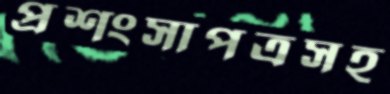
প্রশংসাপত্রসহ